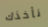
نأخذك